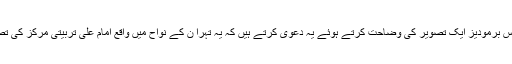
جوزف ایس برمودیز ایک تصویر کی وضاحت کرتے ہوئے یہ دعویٰ کرتے ہیں کہ یہ تہرا ن کے نواح میں واقع امام علی تربیتی مرکز کی تصویر ہے۔